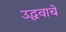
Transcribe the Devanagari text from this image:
उद्धवाचे